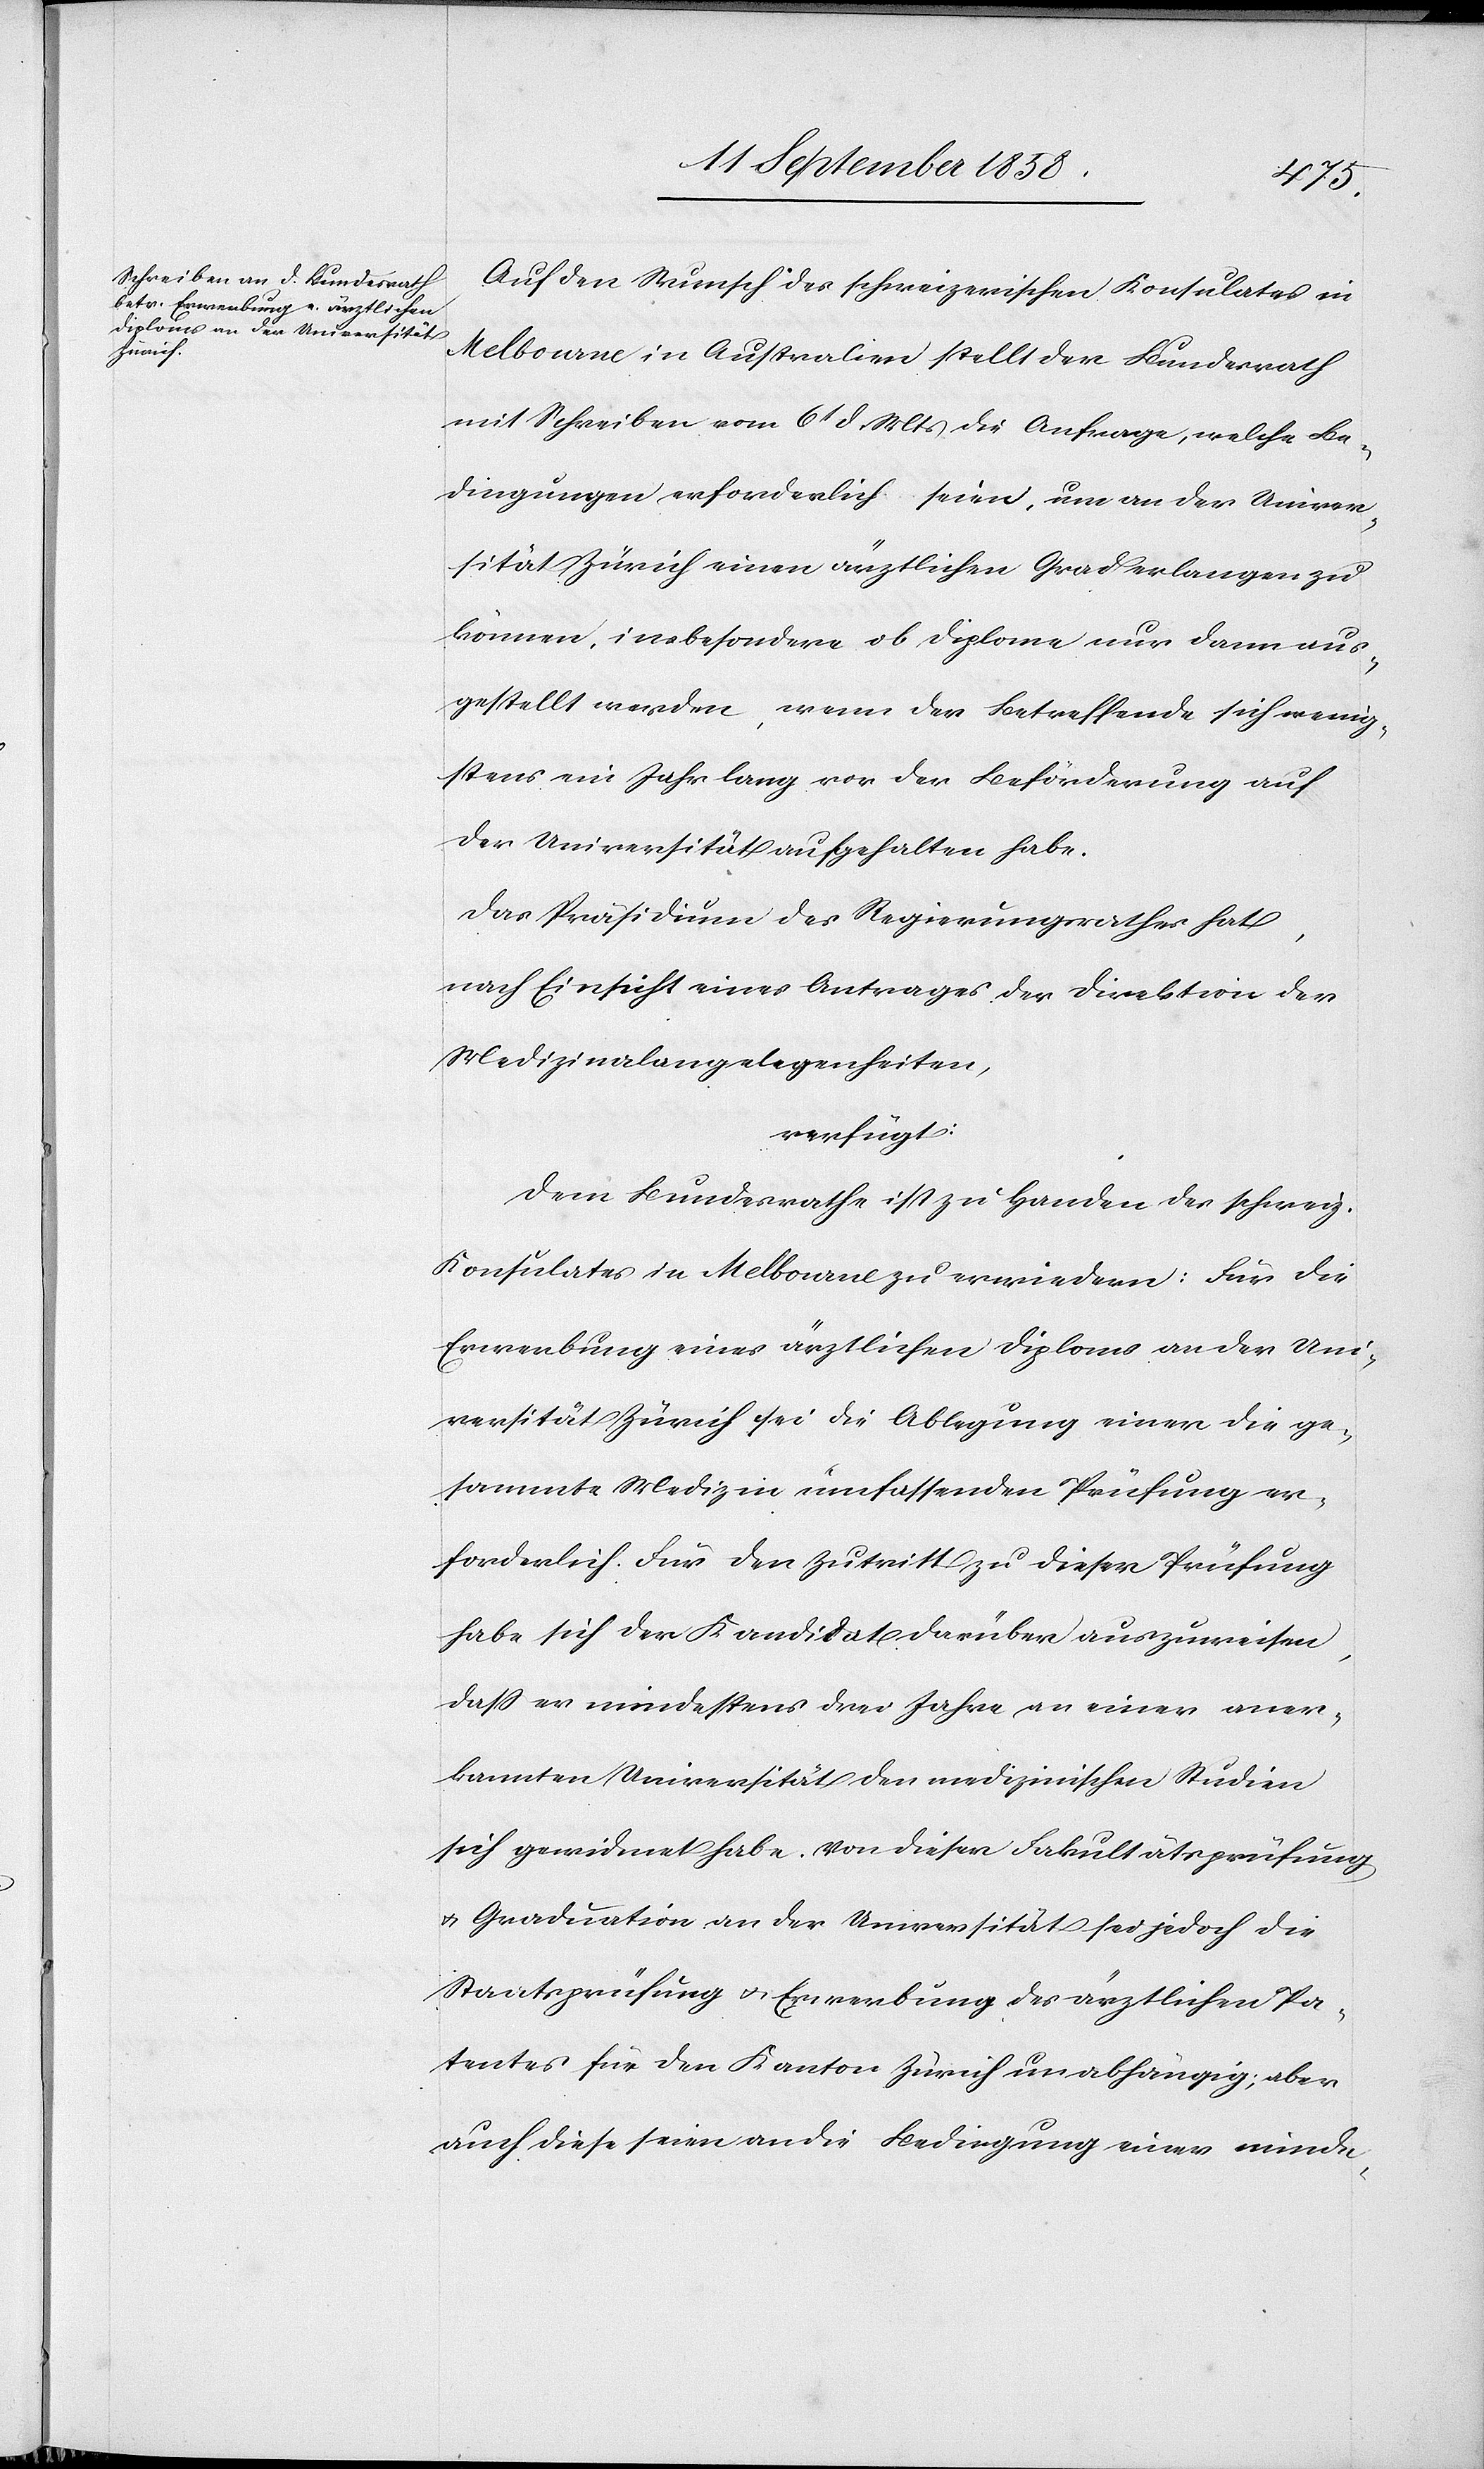
13t September 1858.]
Auf den Wunsch des schweizerischen Konsulates in
Melbourne in Australien stellt der Bundesrath
mit Schreiben vom 6t d. Mts die Anfrage, welche Be¬
dingungen erforderlich seien, um an der Univer¬
sität Zürich einen ärztlichen Grad erlangen zu
können, insbesondere ob Diplome nur dann aus¬
gestellt werden, wenn der Betreffende sich wenig¬
stens ein Jahr lang vor der Beförderung auf
der Universität aufgehalten habe.
Das Präsidium des Regierungsrathes hat,
nach Einsicht eines Antrages der Direktion der
Medizinalangelegenheiten,
verfügt:
Dem Bundesrathe ist zu Handen des schweiz.
Konsulates in Melbourne zu erwiedern: Für die
Erwerbung eines ärztlichen Diploms an der Uni¬
versität Zürich sei die Ablegung einer die ge¬
sammte Medizin umfassenden Prüfung er¬
forderlich. Für den Zutritt zu dieser Prüfung
habe sich der Kandidat darüber auszuweisen,
dass er mindestens drei Jahre an einer aner¬
kannten Universität den medizinischen Studien
sich gewidmet habe. Von dieser Fakultätsprüfung
& Graduation an der Universität sei jedoch die
Staatsprüfung & Erwerbung des ärztlichen Pa¬
tentes für den Kanton Zürich unabhängig; aber
auch diese seien an die Bedingung einer minde-